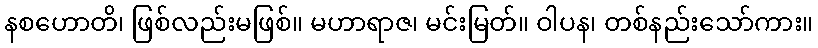
နစဟောတိ၊ ဖြစ်လည်းမဖြစ်။ မဟာရာဇ၊ မင်းမြတ်။ ဝါပန၊ တစ်နည်းသော်ကား။